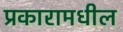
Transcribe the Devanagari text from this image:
प्रकारामधील